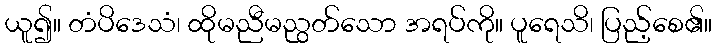
ယူ၍။ တံပိဒေသံ၊ ထိုမညီမညွတ်သော အရပ်ကို။ ပူရေသိ၊ ပြည့်စေ၏။